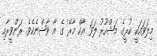
މިލަވައަކީ ކުރީގެ މަޝްހޫރު ލަވަ 'އާކް މާރޭ' ގެ އާ ވާޝްނެކެވެ. ރަންވީރާއި